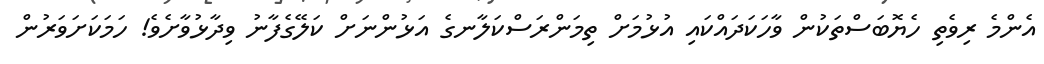
އެންމެ ރިވެތި ހެޔޮބަސްތަކުން ވާހަކަދައްކައި އުޅުމަށް ތިމަންރަސްކަލާނގެ އަޅުންނަށް ކަލޭގެފާނު ވިދާޅުވާށެވެ! ހަމަކަށަވަރުން